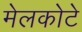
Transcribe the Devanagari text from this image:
मेलकोटे